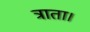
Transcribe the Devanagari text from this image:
त्राता।